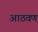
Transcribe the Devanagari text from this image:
अाठवण